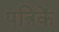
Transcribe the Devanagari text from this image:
पत्रिकें